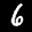
Label: 6